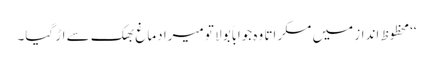
‘‘محظوظ انداز میں مسکراتا وہ جواباً بولا تو میرا دماغ بھک سے اڑ گیا۔